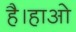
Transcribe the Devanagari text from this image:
है।हाओ